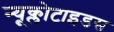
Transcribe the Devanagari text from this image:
न्यूक्लोटाइडस